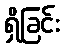
ရှိခြင်း